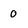
Character: 0